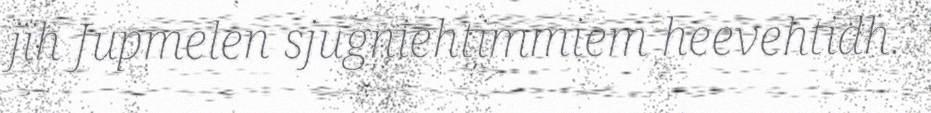
jïh Jupmelen sjugniehtimmiem heevehtidh.